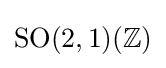
\mathrm {SO} (2,1)(\mathbb {Z} )